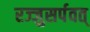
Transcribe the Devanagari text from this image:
रज्जुसर्पवत्‌